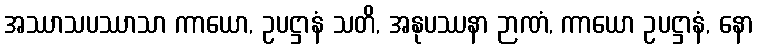
အဿာသပဿာသာ ကာယော, ဥပဋ္ဌာနံ သတိ, အနုပဿနာ ဉာဏံ, ကာယော ဥပဋ္ဌာနံ, နော